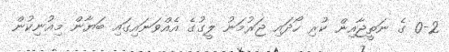
0-2 ގެ ނަތީޖާއިން ކުރި ހޯދައި ޖަރުމަނު ލީގުގެ އެއްވަނައިގައި ބަޔާން މިއުނިކުން